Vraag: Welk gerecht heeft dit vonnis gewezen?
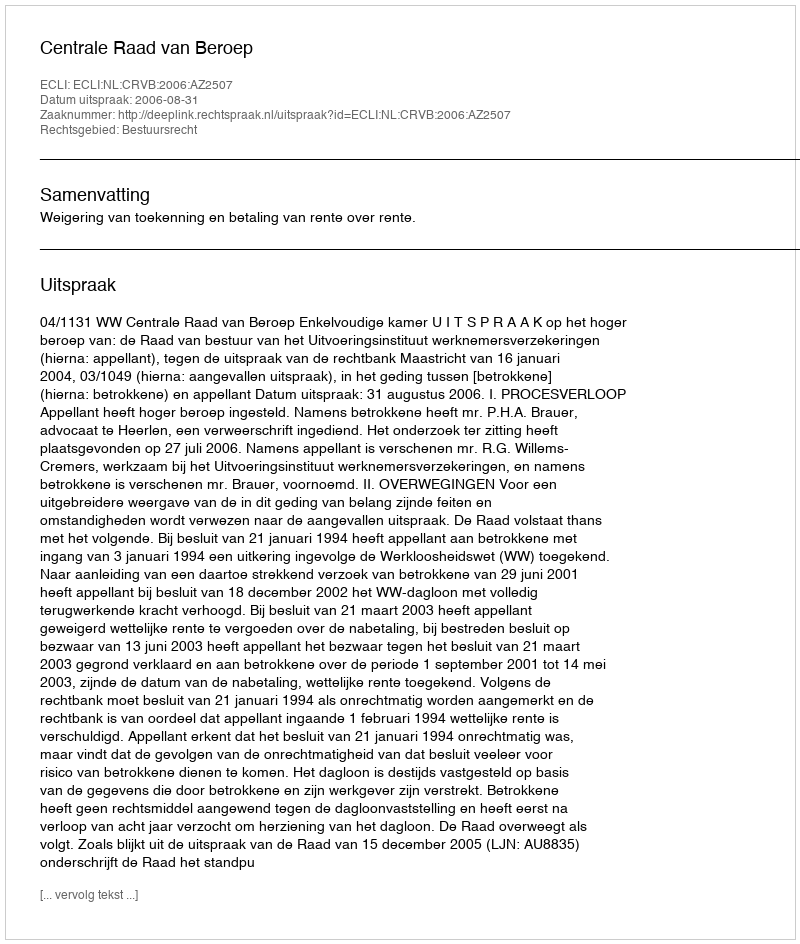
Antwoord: Centrale Raad van Beroep